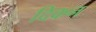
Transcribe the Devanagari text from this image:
दिकन